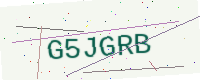
Text: G5JGRB